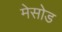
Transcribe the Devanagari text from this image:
मेसोड